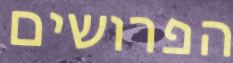
הפרושים